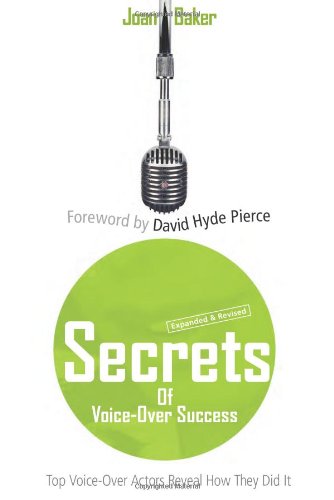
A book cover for Secrets of Voice-Over Success: Top Voice-Over Actors Reveal How They Did It; Joan Baker; Business & Money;